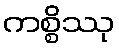
ကစ္စိဿု